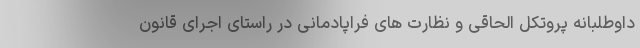
داوطلبانه پروتکل الحاقی و نظارت های فراپادمانی در راستای اجرای قانون